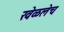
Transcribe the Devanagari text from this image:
खेळलेच